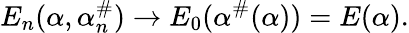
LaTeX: E_{n}(\alpha,\alpha_{n}^{\# })\rightarrow E_{0}(\alpha^{\# }(\alpha))=E(\alpha).